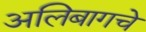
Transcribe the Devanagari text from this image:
अलिबागचे